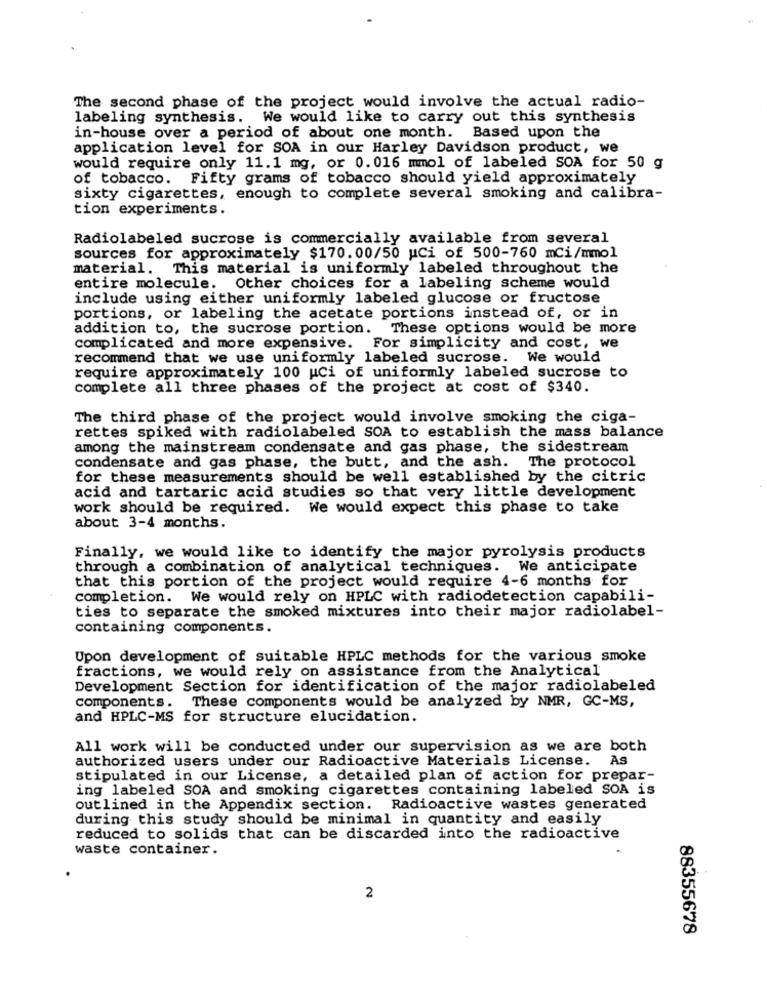
The second phase of the project would involve the actual radio-
labeling synthesis. We would like to carry out this synthesis
in-house over a period of about one month. Based upon the
application level for SOA in our Harley Davidson product, we
would require only 11.1 mg, or 0.016 mmol of labeled SOA for 50 g
of tobacco. Fifty grams of tobacco should yield approximately
sixty cigarettes, enough to complete several smoking and calibra-
tion experiments.
Radiolabeled sucrose is commercially available from several
sources for approximately $170.00/50 WCi of 500-760 mCi/mmol
material. This material is uniformly labeled throughout the
entire molecule. Other choices for a labeling scheme would
include using either uniformly labeled glucose or fructose
portions, or labeling the acetate portions instead of, or in
addition to, the sucrose portion. These options would be more
complicated and more expensive. For simplicity and cost, we
recommend that we use uniformly labeled sucrose. We would
require approximately 100 uCi of uniformly labeled sucrose to
complete all three phases of the project at cost of $340.
The third phase of the project would involve smoking the ciga-
rettes spiked with radiolabeled SOA to establish the mass balance
among the mainstream condensate and gas phase, the sidestream
condensate and gas phase, the butt, and the ash. The protocol
for these measurements should be well established by the citric
acid and tartaric acid studies so that very little development
work should be required. We would expect this phase to take
about 3-4 months.
Finally, we would like to identify the major pyrolysis products
through a combination of analytical techniques. We anticipate
that this portion of the project would require 4-6 months for
completion. We would rely on HPLC with radiodetection capabili-
ties to separate the smoked mixtures into their major radiolabel-
containing components.
Upon development of suitable HPLC methods for the various smoke
fractions, we would rely on assistance from the Analytical
Development Section for identification of the major radiolabeled
components. These components would be analyzed by NMR, GC-MS,
and HPLC-MS for structure elucidation.
All work will be conducted under our supervision as we are both
authorized users under our Radioactive Materials License. A
stipulated in our License, a detailed plan of action for prepar-
ing labeled SOA and smoking cigarettes containing labeled SOA is
outlined in the Appendix section. Radioactive wastes generated
during this study should be minimal in quantity and easily
reduced to solids that can be discarded into the radioactive
waste container.
2
88355678